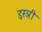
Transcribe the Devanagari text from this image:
इस्ञी